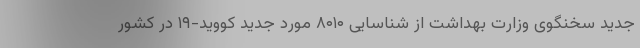
جدید سخنگوی وزارت بهداشت از شناسایی ۸۰۱۰ مورد جدید کووید-۱۹ در کشور